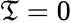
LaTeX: \mathfrak{T}=0